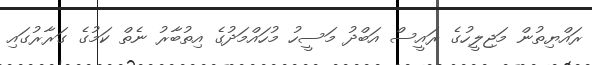
ރައްޔިތުން މަޖިލީހުގެ ރައީސް އަބްދު މަސީހު މުހައްމަދުގެ އިތުބާރު ނެތް ކަމުގެ ގަރާރުގައި